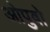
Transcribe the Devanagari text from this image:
ओपुवो